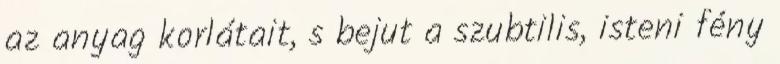
az anyag korlátait, s bejut a szubtilis, isteni fény